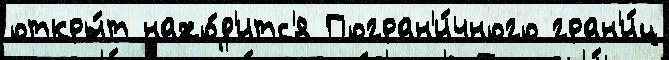
откры́т нахо́д'итс'я Погран'и́чного гран'и́ц